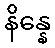
နိန္နေ